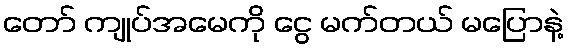
တော် ကျုပ်အမေကို ငွေ မက်တယ် မပြောနဲ့